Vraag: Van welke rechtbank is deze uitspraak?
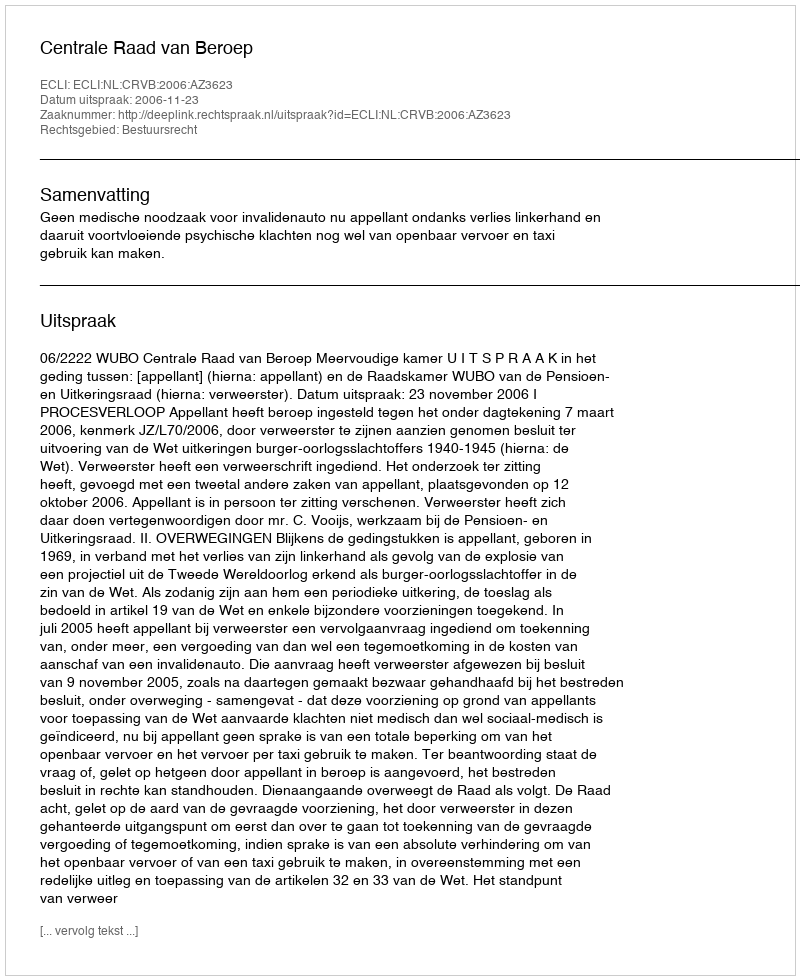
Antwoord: Centrale Raad van Beroep